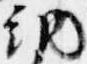
納